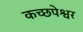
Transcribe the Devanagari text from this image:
कच्छपेश्वर